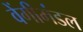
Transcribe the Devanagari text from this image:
वेंगीमंडल